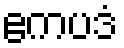
ဧကပဒံ